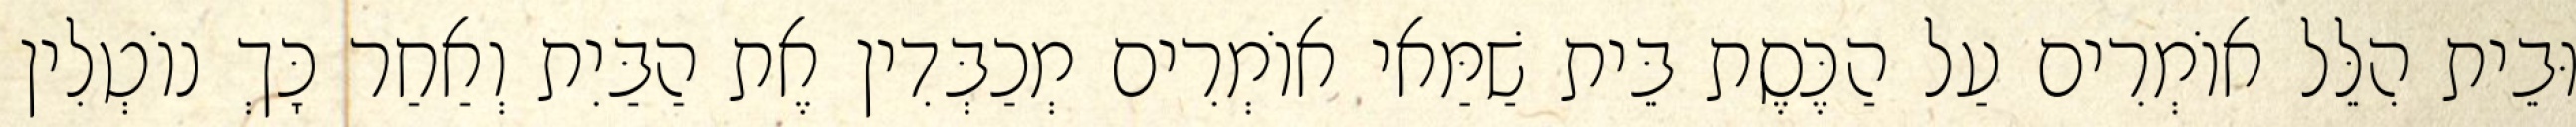
וּבֵית הִלֵּל אוֹמְרִים עַל הַכֶּסֶת בֵּית שַׁמַּאי אוֹמְרִים מְכַבְּדִין אֶת הַבַּיִת וְאַחַר כָּךְ נוֹטְלִין